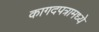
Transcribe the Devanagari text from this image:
कागदपत्रामध्ये